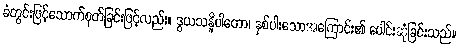
ခံတွင်းဖြင့်သောက်စုတ်ခြင်းဖြင့်လည်း။ ဒွယသန္နိပါတော၊ နှစ်ပါးသောအကြောင်း၏ ပေါင်းဆုံခြင်းသည်။